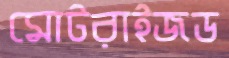
মোটরাইজড